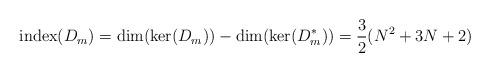
LaTeX: \begin{align*}\mathrm{index}(D_m)=\mathrm{dim}(\mathrm{ker}(D_m))-\mathrm{dim}(\mathrm{ker}(D_m^*))=\frac{3}{2}(N^2+3 N +2)\end{align*}